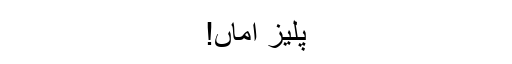
پلیز اماں!